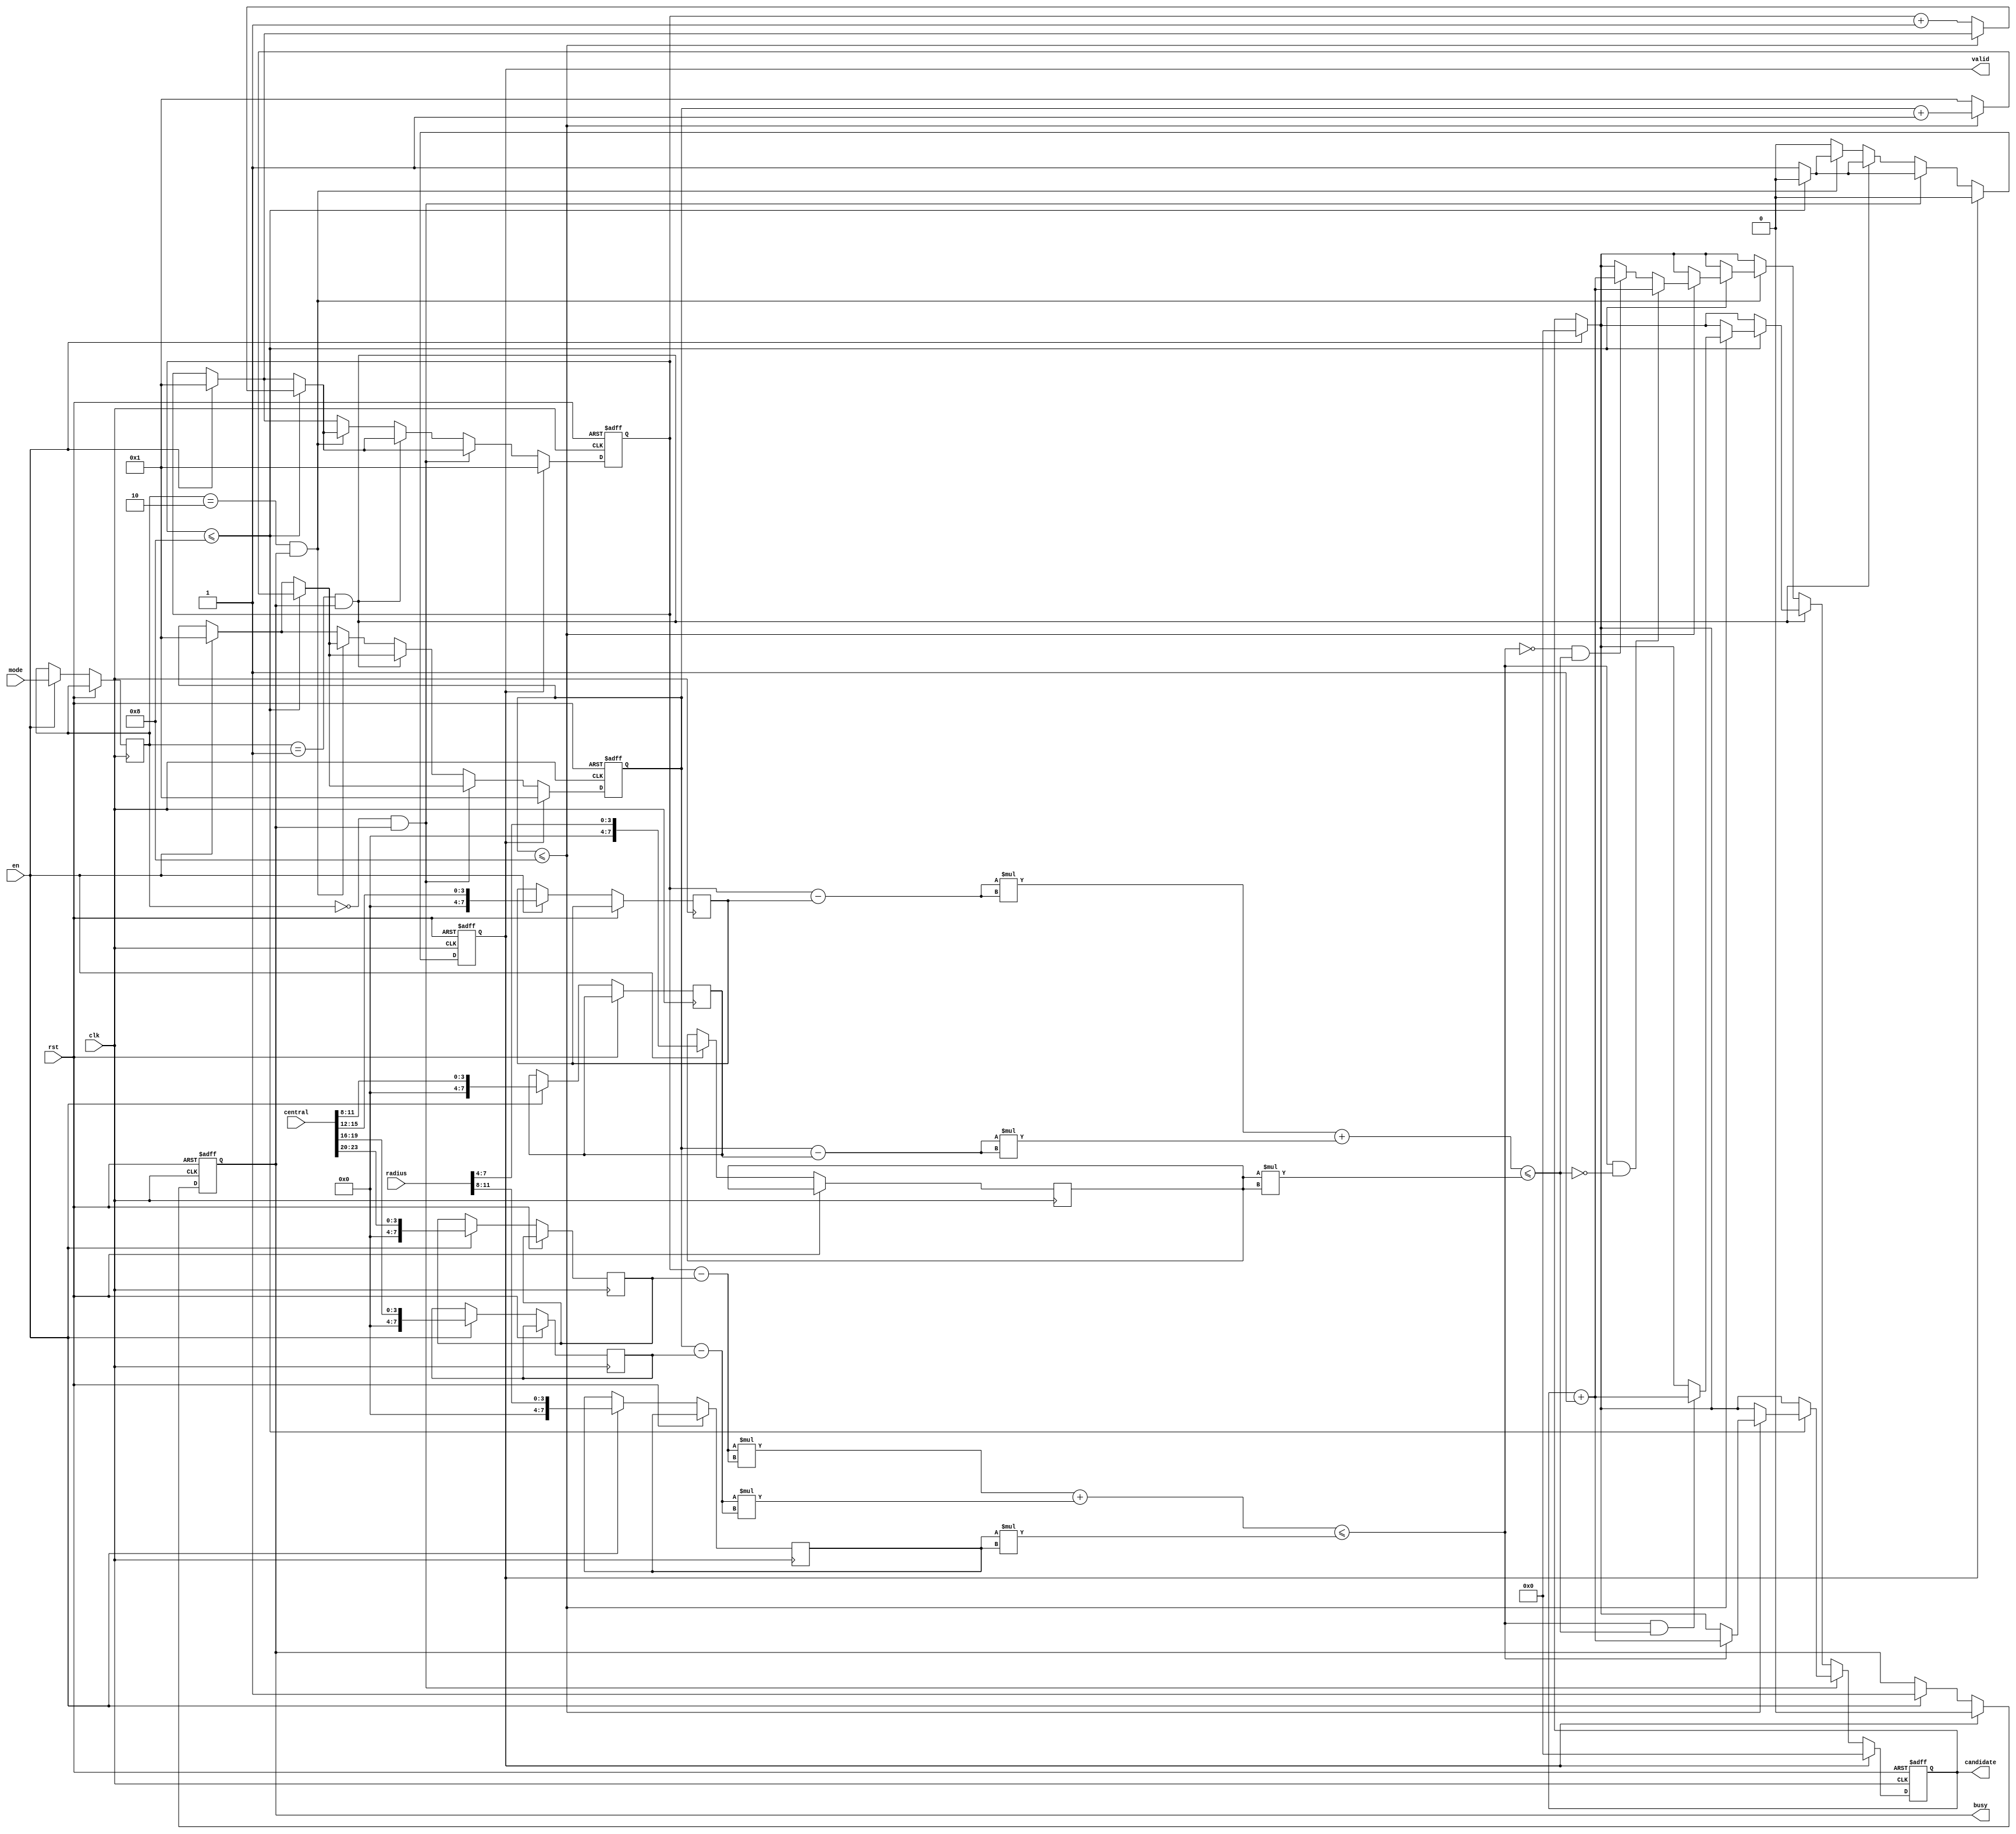
`define is_in(x,y,i,j,r) ((i-x)*(i-x) + (j-y)*(j-y) <= r*r)

module SET ( clk , rst, en, central, radius, mode, busy, valid, candidate );

input clk, rst;
input en;
input [23:0] central;
input [11:0] radius;
input [1:0] mode;
output reg busy;
output reg valid;
output reg [7:0] candidate;


reg [7:0] ra, rb;
reg [1:0] state;
reg [7:0] Ax , Ay, Bx, By;
reg [7:0] i,j;


always@(posedge clk or posedge rst)
begin
     if(rst)
     begin
         busy <= 0;
         valid <= 0;
         i<=1;
         j<=1;
         candidate<=0;
     end
     else
     begin
          if(en)
          begin
               Ax <= central[23:20];
               Ay <= central[19:16];
               Bx <= central[15:12];
               By <= central[11:8];
               ra <= radius[11:8];
               rb <= radius[7:4];   
               state <= mode;
               i<=1;
               j<=1;
               busy <=1;
               candidate <= 0;
          end
          
          if(valid == 1)
     begin
          i <= 1;
          j <= 1;
          valid <= 0;
          busy <= 0;
          candidate <= 0;
     end
     else if(state == 0 && busy == 1)  // mode0
     begin
          if(i <= 8)
          begin
               if(j<=8)
               begin
                   if(`is_in(Ax,Ay,i,j,ra))
                   begin
                    candidate <= candidate + 1;
                   end
                   j <= j+1;
               end
               else
               begin
                    i <= i+1;
                    j <= 1;
               end
          end
          else
          begin
               valid <= 1;
          end
     end

     else if(state == 1 && busy == 1) // mode1
     begin
          if(i <= 8)
          begin
               if(j<=8)
               begin
                   if(`is_in(Ax,Ay,i,j,ra) && `is_in(Bx,By,i,j,rb))
                   begin
                    candidate <= candidate + 1;
                   end
                   j <= j+1;
               end
               else
               begin
                    i <= i+1;
                    j <= 1;
               end
          end
          else
          begin
                valid <= 1;
          end
     end

     else if(state == 2 && busy == 1) // mode2
     begin
          if(i <= 8) 
          begin
            if(j<=8)
            begin
               if(`is_in(Ax,Ay,i,j,ra) &&  !`is_in(Bx,By,i,j,rb))
               begin
                    candidate <= candidate + 1;
               end
               else if(!`is_in(Ax,Ay,i,j,ra) && `is_in(Bx,By,i,j,rb))
               begin
                    candidate <= candidate + 1;
               end  
               j <= j+1;                 
            end
            else
            begin
               i <= i+1; 
               j <= 1; 
            end
          end
          else
          begin
                valid <= 1;
          end
     end
          
          
          
     end
end
endmodule